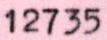
12735